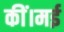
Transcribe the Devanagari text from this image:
कीं।मई